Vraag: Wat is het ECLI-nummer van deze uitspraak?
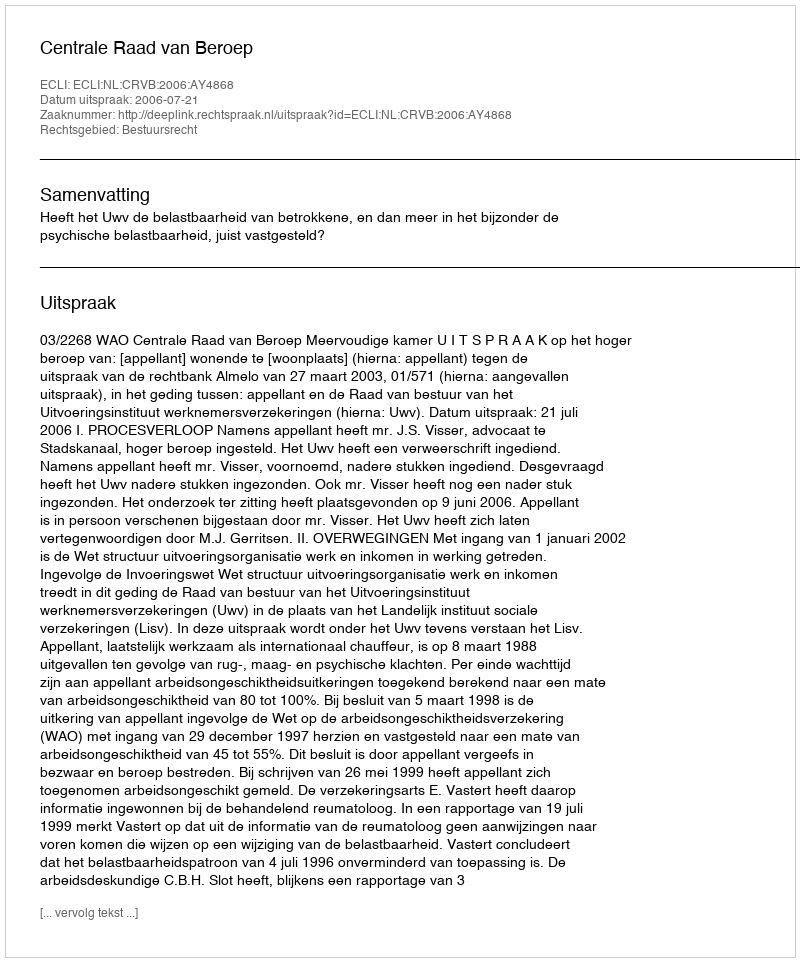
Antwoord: ECLI:NL:CRVB:2006:AY4868